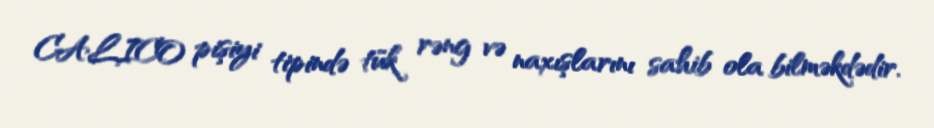
CALICO pişiyi tipində tük rəng və naxışlarını sahib ola bilməkdədir.